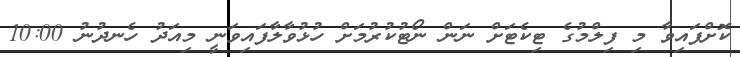
ކޮށްފައިވާ މި ފިލްމުގެ ޓިކެޓަށް ނަން ނޯޓުކުރުމަށް ހުޅުވާލާފައިވަނީ މިއަދު ހެނދުނު 10:00